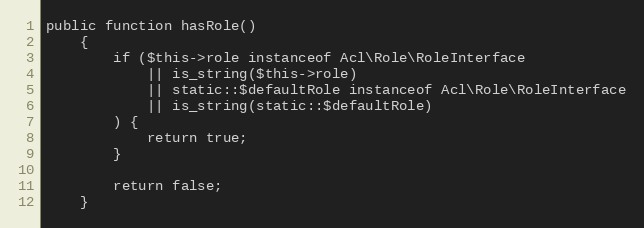
Language: PHP
public function hasRole()
    {
        if ($this->role instanceof Acl\Role\RoleInterface
            || is_string($this->role)
            || static::$defaultRole instanceof Acl\Role\RoleInterface
            || is_string(static::$defaultRole)
        ) {
            return true;
        }

        return false;
    }